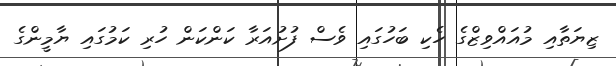
ޒިޔަތާއި މުއައްވިޒްގެ ހެކި ބަހުގައި ވެސް ފުށުއަރާ ކަންކަން ހުރި ކަމުގައި ޔާމީންގެ